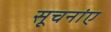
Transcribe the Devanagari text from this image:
सूचनांए